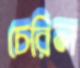
চেরিল